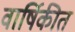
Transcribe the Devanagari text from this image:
वार्षिकीत